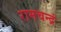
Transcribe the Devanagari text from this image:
रामचन्द्रं